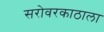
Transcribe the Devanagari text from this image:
सरोवरकाठाला